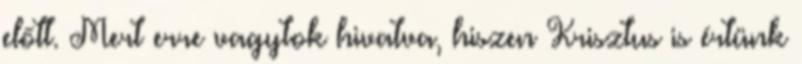
előtt. Mert erre vagytok hivatva, hiszen Krisztus is értünk